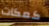
كعكات